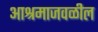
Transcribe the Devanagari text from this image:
आश्रमाजवळील